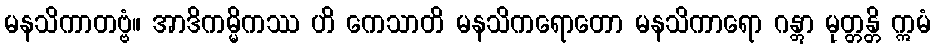
မနသိကာတဗ္ဗံ။ အာဒိကမ္မိကဿ ဟိ ကေသာတိ မနသိကရောတော မနသိကာရော ဂန္တွာ မုတ္တန္တိ ဣမံ